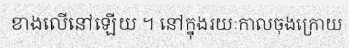
ខាងលើនៅឡើយ ។ នៅក្នុងរយៈកាលចុងក្រោយ